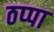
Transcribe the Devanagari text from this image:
ठप्‍पा